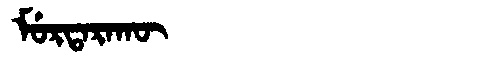
Manchu: ᠮᡠᡵᡨᠠᡵᠠᡴᡡ
Romanization: MURTARAKŪ